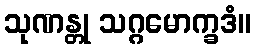
သုဏန္တု သဂ္ဂမောက္ခဒံ။